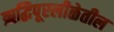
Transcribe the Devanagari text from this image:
ऋद्धिपूरलीळेतील